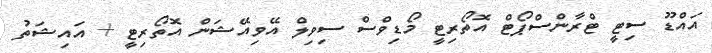
އައްޑޫ ސިޓީ ޓްރާންސްޕޯޓް އޮތޯރިޓީ މޯޑިވްސް ސިވިލް އޭވިއޭޝަން އޮތޯރިޓީ + އައިޝަތު